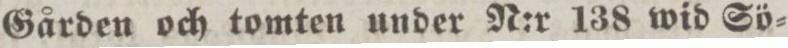
Gården och tomten under N:r 138 wid Sö=